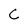
Character: C